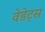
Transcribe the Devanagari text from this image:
वेडेट्स